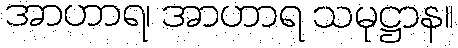
အာဟာရ၊ အာဟာရ သမုဋ္ဌာန။